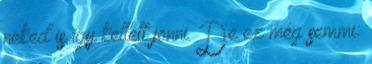
neked is így kellett jönni. De ez még semmi: